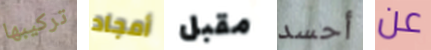
تركيبها أمجاد مقبل أحسد عن